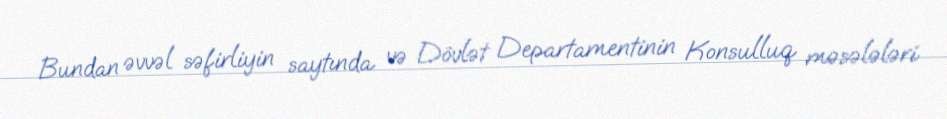
Bundan əvvəl səfirliyin saytında və Dövlət Departamentinin Konsulluq məsələləri